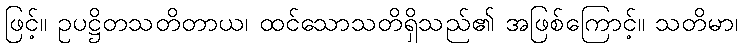
ဖြင့်။ ဥပဋ္ဌိတသတိတာယ၊ ထင်သောသတိရှိသည်၏ အဖြစ်ကြောင့်။ သတိမာ၊